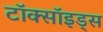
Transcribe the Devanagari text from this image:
टॉक्सॉइड्स